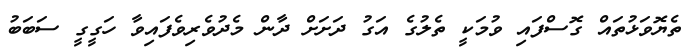
ތެޔޮވަޅުތައް ގޮސްފައި ވުމަކީ ތެލުގެ އަގު ދަށަށް ދާން މެދުވެރިވެފައިވާ ހަގީގީ ސަބަބު